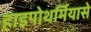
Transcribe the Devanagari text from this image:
हाइपोथर्मियासे